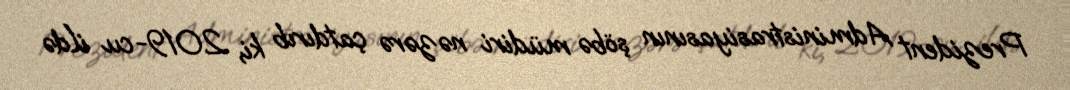
Prezident Administrasiyasının şöbə müdiri nəzərə çatdırıb ki, 2019-cu ildə